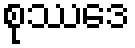
စုဿဒေ